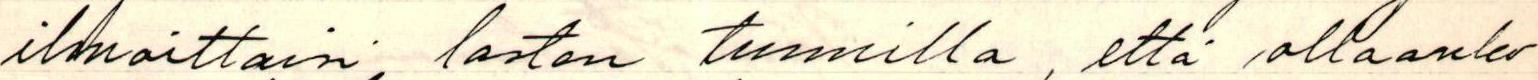
ilmoittaisi lasten tunnilla, että ollaanko